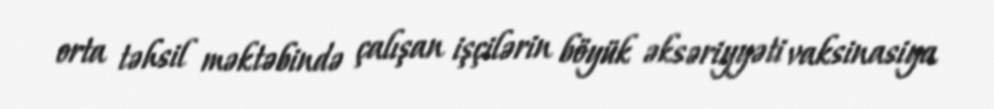
orta təhsil məktəbində çalışan işçilərin böyük əksəriyyəti vaksinasiya